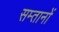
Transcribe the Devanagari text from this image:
सम्तानों